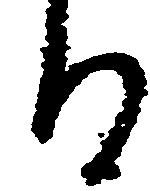
る